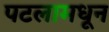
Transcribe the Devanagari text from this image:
पटलामधून